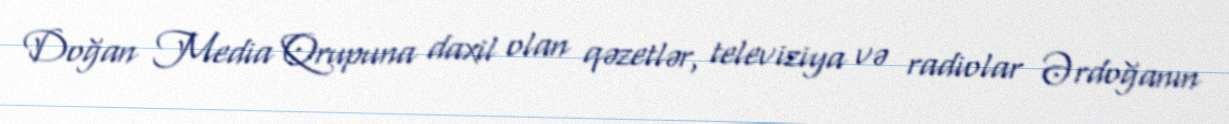
Doğan Media Qrupuna daxil olan qəzetlər, televiziya və radiolar Ərdoğanın